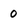
Character: 0